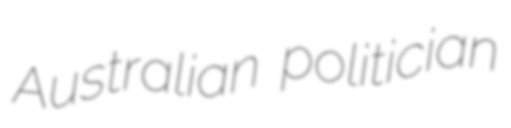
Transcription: Australian politician